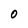
Character: O